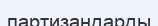
партизандарды